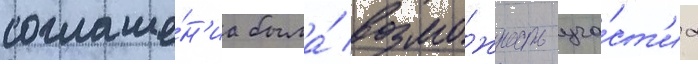
соглаше́н'иа была́ возмо́жность уча́ст'иа